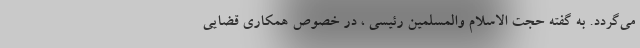
می‌گردد. به گفته حجت الاسلام والمسلمین رئیسی ، در خصوص همکاری قضایی